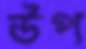
উপ